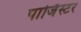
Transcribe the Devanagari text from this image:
पार्जिस्टर